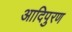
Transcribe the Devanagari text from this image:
आदिपुरण